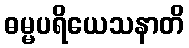
ဓမ္မပရိယေသနာတိ